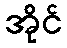
အိုင်